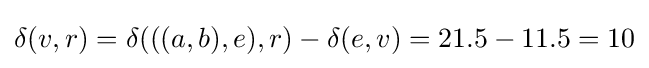
\delta (v,r)=\delta (((a,b),e),r)-\delta (e,v)=21.5-11.5=10